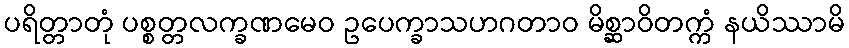
ပရိတ္တာတုံ ပစ္စတ္တလက္ခဏမေဝ ဥပေက္ခာသဟဂတာဝ မိစ္ဆာဝိတက္ကံ နယိဿာမိ